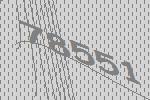
78551